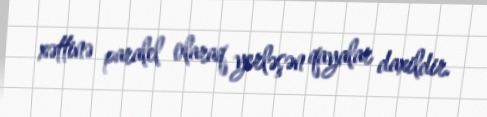
xəttinə paralel olaraq yerləşən qayalar daxildir.